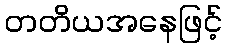
တတိယအနေဖြင့်